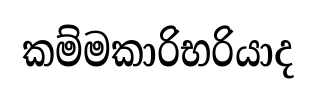
කම්මකාරිභරියාද